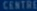
CENTRE